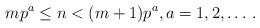
LaTeX: \begin{align*}mp^a\le n<(m+1)p^a,a=1,2,\ldots\,.\end{align*}